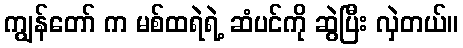
ကျွန်တော် က မစ်ထရဲရဲ့ ဆံပင်ကို ဆွဲပြီး လှဲတယ်။